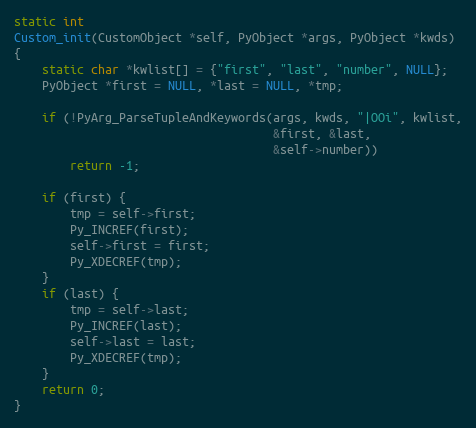
Language: C
static int
Custom_init(CustomObject *self, PyObject *args, PyObject *kwds)
{
    static char *kwlist[] = {"first", "last", "number", NULL};
    PyObject *first = NULL, *last = NULL, *tmp;

    if (!PyArg_ParseTupleAndKeywords(args, kwds, "|OOi", kwlist,
                                     &first, &last,
                                     &self->number))
        return -1;

    if (first) {
        tmp = self->first;
        Py_INCREF(first);
        self->first = first;
        Py_XDECREF(tmp);
    }
    if (last) {
        tmp = self->last;
        Py_INCREF(last);
        self->last = last;
        Py_XDECREF(tmp);
    }
    return 0;
}